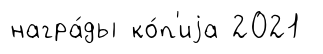
награ́ды ко́п'иjа 2021